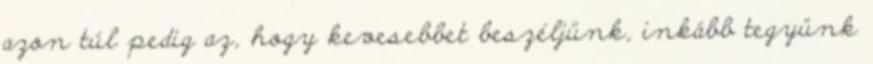
azon túl pedig az, hogy kevesebbet beszéljünk, inkább tegyünk